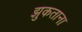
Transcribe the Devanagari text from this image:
झुकताना